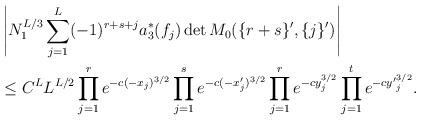
LaTeX: \begin{align*}&\left|N_1^{L/3}\sum\limits_{j=1}^L(-1)^{r+s+j}a_3^\ast(f_j)\det M_0(\{r+s\}',\{j\}')\right|\\&\le C^LL^{L/2}\prod\limits_{j=1}^re^{-c(-x_j)^{3/2}}\prod\limits_{j=1}^se^{-c(-x'_j)^{3/2}}\prod\limits_{j=1}^re^{-cy_j^{3/2}}\prod\limits_{j=1}^te^{-c{y'}_j^{3/2}}.\end{align*}